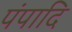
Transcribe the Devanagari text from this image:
पंपादि